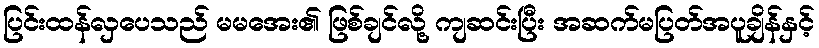
ပြင်းထန်လှပေသည် မမအေး၏ ဖြစ်ချင်လို့ ကျဆင်းပြီး အဆက်မပြတ်အပူချိန်နှင့်